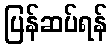
ပြန်ဆပ်ရန်